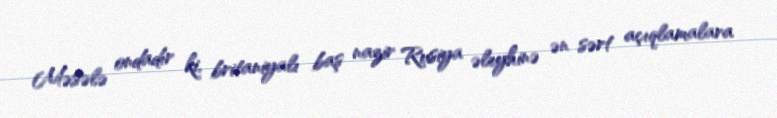
Məsələ ondadır ki, britaniyalı baş nazir Rusiya əleyhinə ən sərt açıqlamalara